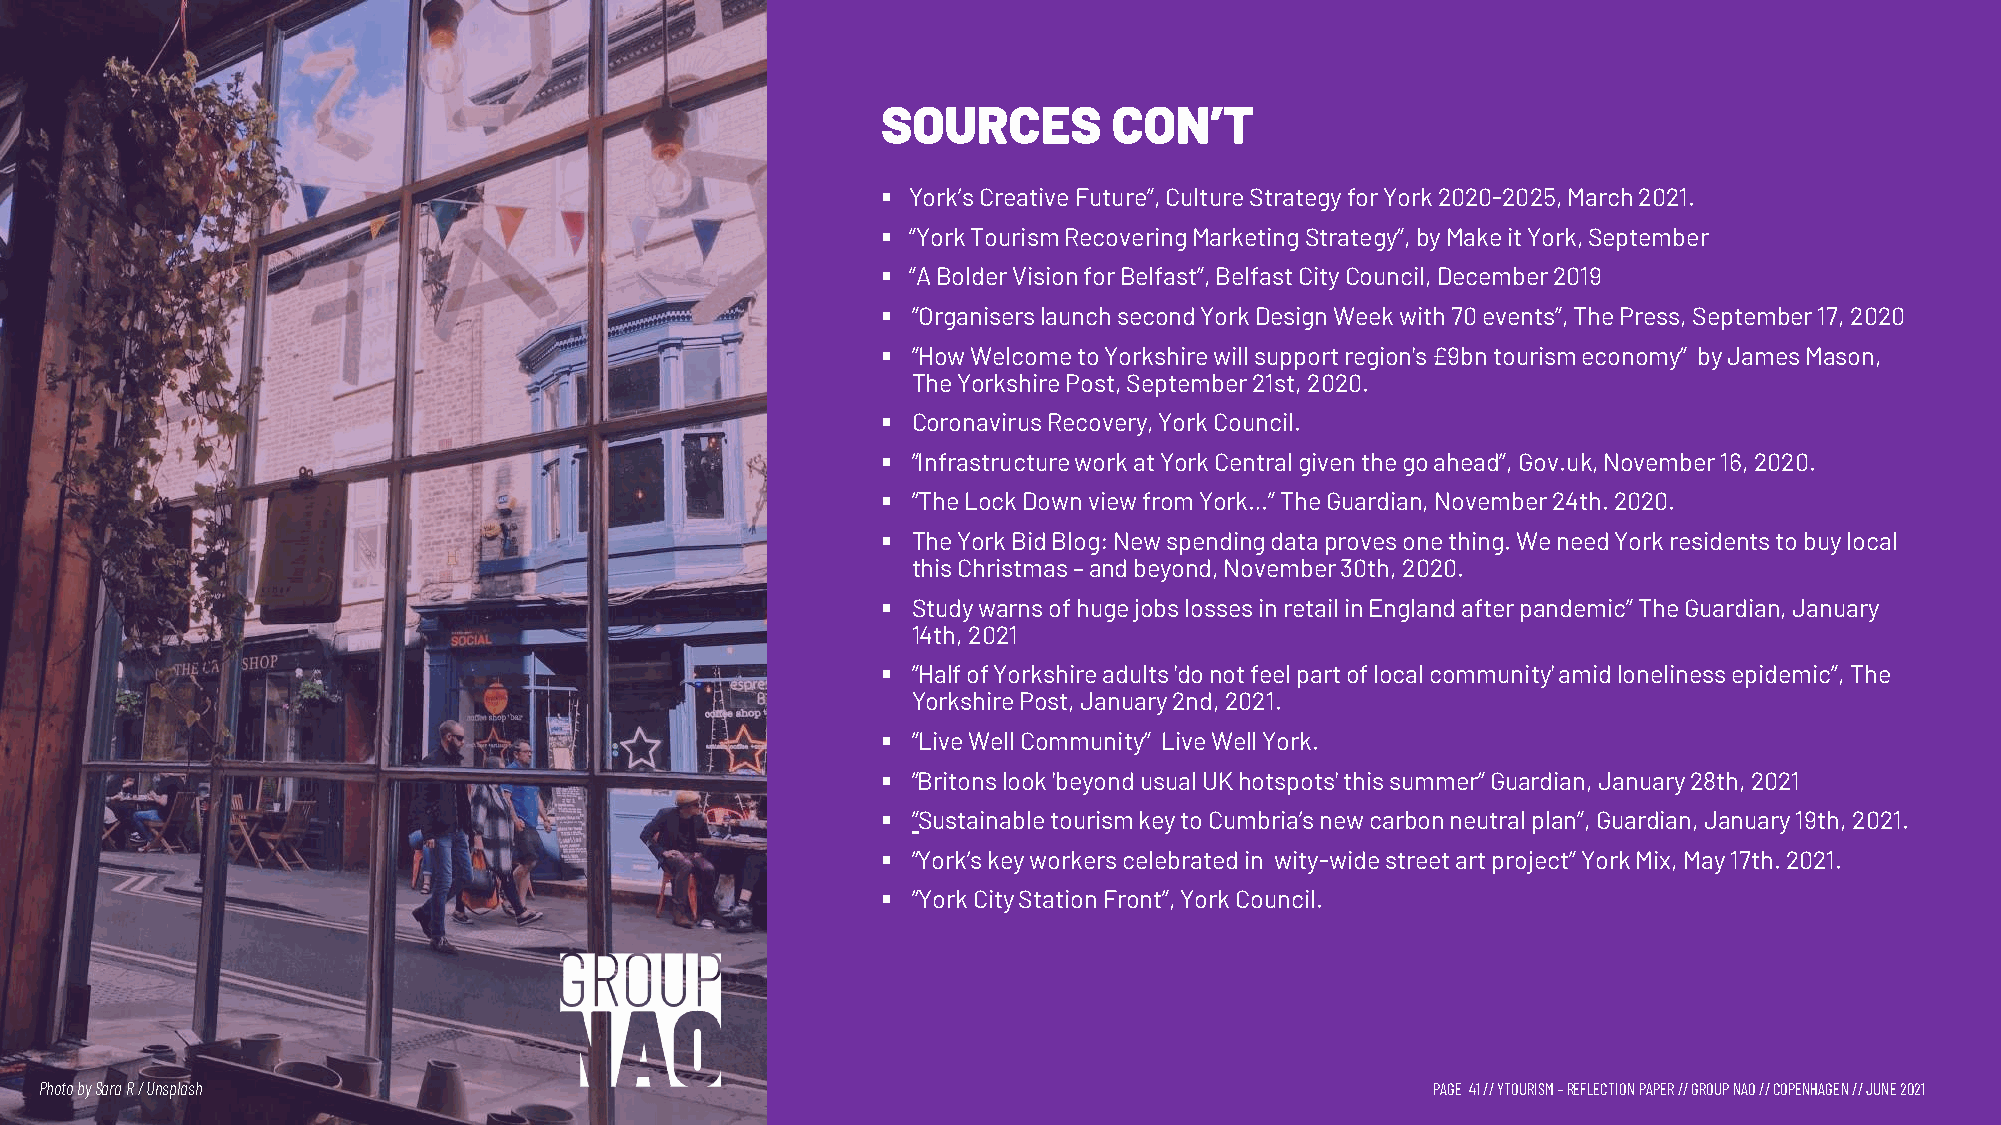
SOURCES         CON’T
 § York’sCreativeFuture”,CultureStrategyforYork2020-2025,March2021.
 § “YorkTourismRecoveringMarketingStrategy”,byMakeitYork,September
 § “ABolderVisionforBelfast”,BelfastCityCouncil,December2019
 § ”Organiserslaunch second York Design Week with 70 events”, The Press, September 17, 2020
 § ”How Welcome to Yorkshire will support region's £9bn tourism economy” by James Mason,
 The Yorkshire Post, September 21st, 2020.
 § Coronavirus Recovery, York Council.
 § ”Infrastructure work at York Central given the go ahead”, Gov.uk, November 16, 2020.
 § ”The Lock Down view from York…” The Guardian, November 24th. 2020.
 § The York Bid Blog: New spending data proves one thing. We need York residents to buy local
 this Christmas –and beyond, November 30th, 2020.
 § Study warns of huge jobs losses in retail in England after pandemic” The Guardian, January
 14th, 2021
 § ”Half of Yorkshire adults 'do not feel part of local community' amid loneliness epidemic”, The
 Yorkshire Post, January 2nd, 2021.
 § ”Live Well Community” Live Well York.
 § ”Britons look 'beyond usual UK hotspots' this summer” Guardian, January 28th, 2021
 § ”Sustainable tourism key to Cumbria’s new carbon neutral plan”, Guardian, January 19th, 2021.
 § ”York’s key workers celebrated in wity-wide street art project” York Mix, May 17th. 2021.
 § ”York City Station Front”, York Council.
 Photo bySara R / Unsplash                                                                   PAGE 41// YTOURISM –REFLECTION PAPER // GROUP NAO // COPENHAGEN // JUNE 2021